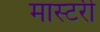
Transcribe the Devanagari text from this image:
मास्‍टरी